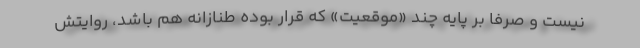
نیست و صرفاً بر پایه چند «موقعیت» که قرار بوده طنازانه هم باشد، روایتش